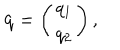
LaTeX: { \bf q } = \left( \begin{array} { c } { { q _ { 1 } } } \\ { { q _ { 2 } } } \\ \end{array} \right) ,